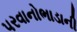
પરવાનોભાડાની